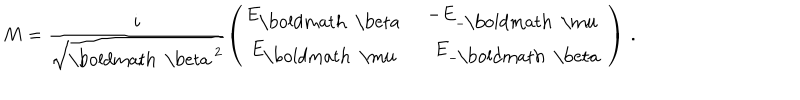
M = \frac { i } { \sqrt { { \mathrm { \boldmath ~ \ b e t a ~ } } ^ { 2 } } } \left( \begin{matrix} { { E _ { \mathrm { \boldmath ~ \ b e t a ~ } } } } & { { - E _ { - { \mathrm { \boldmath ~ \ m u ~ } } } } } \\ { { E _ { \mathrm { \boldmath ~ \ m u ~ } } } } & { { \, \, \, E _ { - { \mathrm { \boldmath ~ \ b e t a ~ } } } } } \\ \end{matrix} \right) \, .